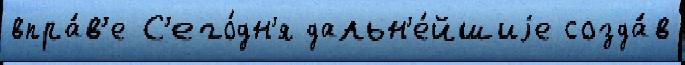
впра́в'е С'его́дн'я дальн'е́йшиjе созда́в